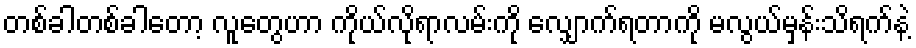
တစ်ခါတစ်ခါတော့ လူတွေဟာ ကိုယ်လိုရာလမ်းကို လျှောက်ရတာကို မလွယ်မှန်းသိရက်နဲ့